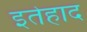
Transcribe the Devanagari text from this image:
इतेहाद